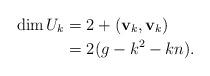
LaTeX: \begin{align*}\dim U_k &=2+(\mathbf{v}_k, \mathbf{v}_k) \\&= 2(g-k^2-kn).\end{align*}